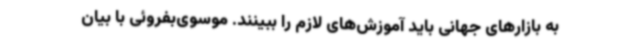
به بازارهای جهانی باید آموزش‌های لازم را ببینند. موسوی‌بفروئی با بیان